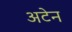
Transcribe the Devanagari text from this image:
अटेन